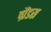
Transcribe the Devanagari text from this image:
ग्रैंडस